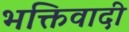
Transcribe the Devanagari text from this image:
भक्तिवादी